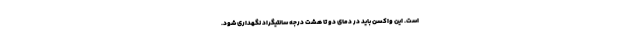
است. این واکسن باید در دمای دو تا هشت درجه سانتیگراد نگهداری شود.